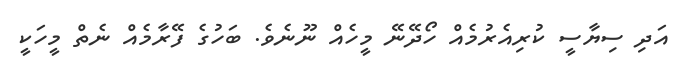
އަދި ސިޔާސީ ކުރިއެރުމެއް ހޯދޭނޭ މީހެއް ނޫނެވެ. ބަހުގެ ފޭރާމެއް ނެތް މީހަކީ